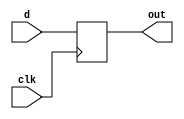
module d_flip_flop(d, clk, out);
    input d;
    input clk;
    output out;
    reg out;

always @(posedge clk)
begin
    out <= d;
end
endmodule